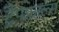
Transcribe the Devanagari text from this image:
ट्रैपफ़ाल्स